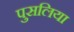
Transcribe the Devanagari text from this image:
पुसलिया